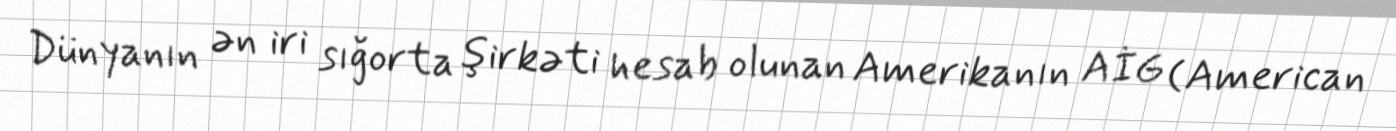
Dünyanın ən iri sığorta şirkəti hesab olunan Amerikanın AİG (American